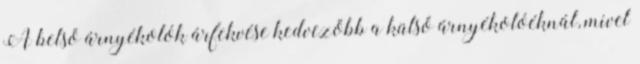
A belső árnyékolók árfekvése kedvezőbb a külső árnyékolóéknál, mivel